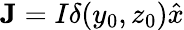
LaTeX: \mathbf{J}=I\delta(y_{0},z_{0})\hat{x}